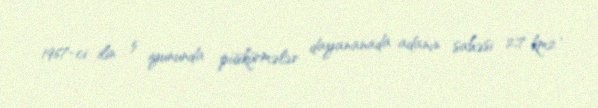
1967-ci ilin 5 iyununda püskürmələr dayananada adanın sahəsi 2,7 km2 ,